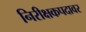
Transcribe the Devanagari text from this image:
निरीक्षकपदावर